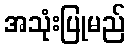
အသုံးပြုမည်